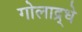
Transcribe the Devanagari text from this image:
गोलाद्र्धे